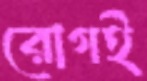
রোগই